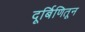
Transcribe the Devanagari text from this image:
दूर्बिणितून